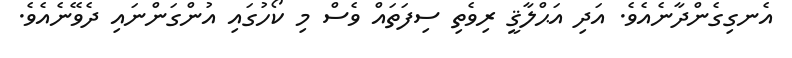
އެނގިގެންދާނެއެވެ. އަދި އަޙްލާޤީ ރިވެތި ސިފަތައް ވެސް މި ކޯހުގައި އުންގަންނައި ދެވޭނެއެވެ.